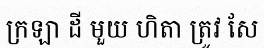
ក្រឡា ដី មួយ ហិតា ត្រូវ សែ